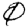
Digit: 0